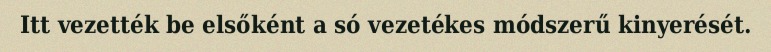
Itt vezették be elsőként a só vezetékes módszerű kinyerését.